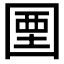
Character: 𡇽